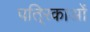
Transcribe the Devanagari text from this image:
पति्रकाओं